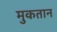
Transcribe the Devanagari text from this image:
मुकतान